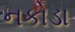
નકોડા